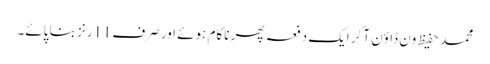
محمد حفیظ وَن ڈاؤن آکر ایک دفعہ پھر ناکام ہوئے اور صرف11رنز بنا پائے۔